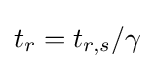
t_{r}=t_{r,s}/\gamma